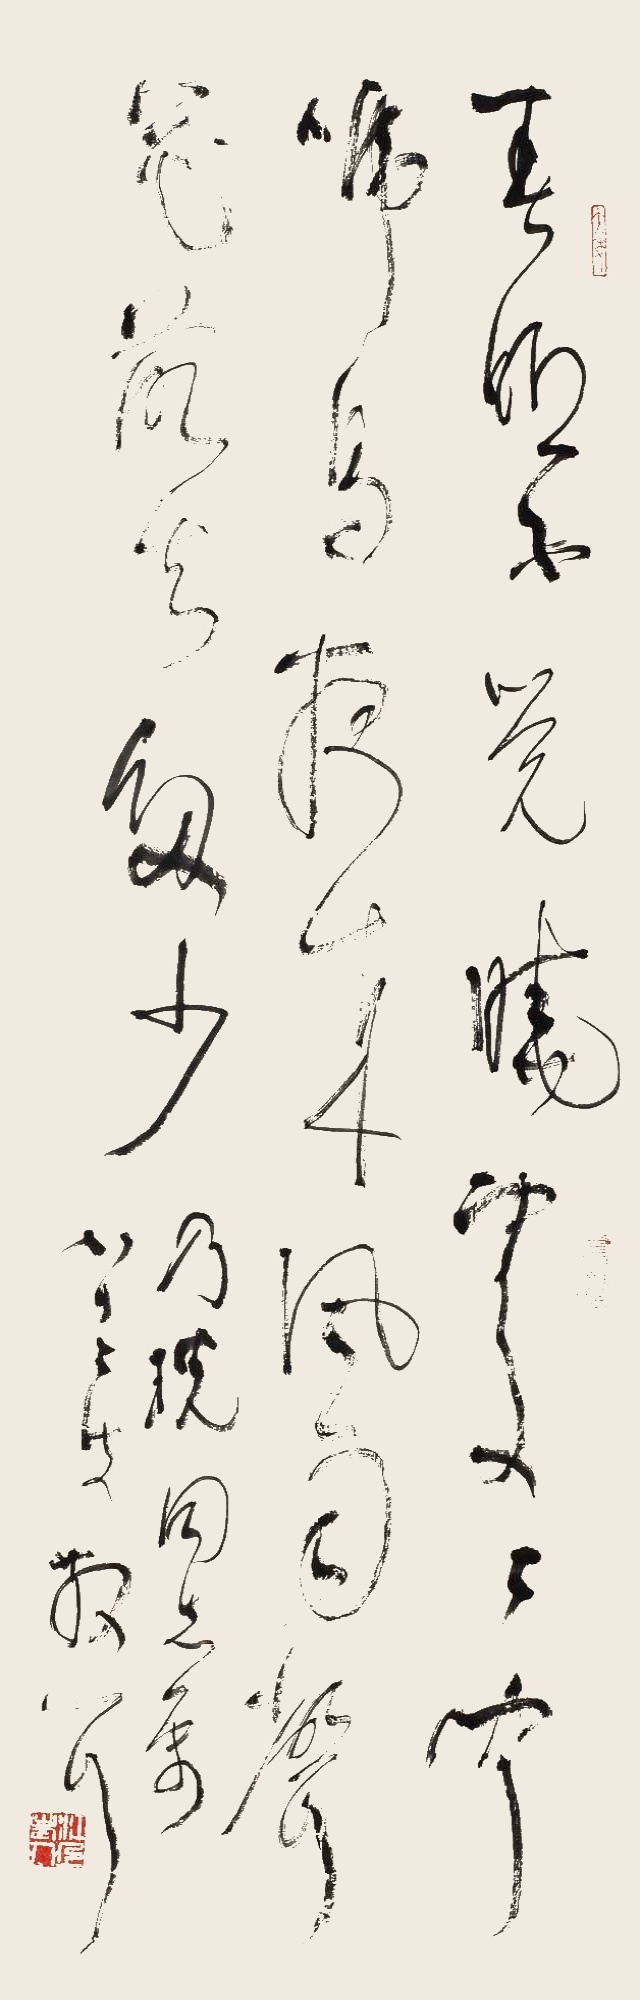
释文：春春眠不觉晓，处处闻啼鸟。夜来风雨声，花落知多少。乃珖同志属，八十七叟散之。